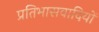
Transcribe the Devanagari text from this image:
प्रतिभासवादियों